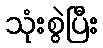
သုံးစွဲပြီး